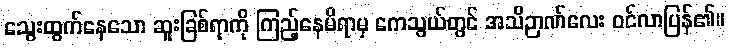
သွေးထွက်နေသော ဆူးခြစ်ရာကို ကြည့်နေမိရာမှ ကေသွယ်တွင် အသိဉာဏ်လေး ဝင်လာပြန်၏။